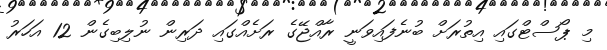
މި ޕޯސްޓްގައި އިތުރަށް ބުނެފައިވަނީ ރާއްޖޭގެ ރަށެއްގައި ދަރިން ނުލިބިގެން 12 އަހަރު